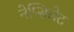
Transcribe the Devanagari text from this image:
नेप्सिलेट